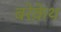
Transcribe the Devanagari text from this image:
बरेक़ेथ